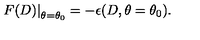
\left. F ( D ) \right| _ { \theta = \theta _ { 0 } } = - \epsilon ( D , \theta = \theta _ { 0 } ) .